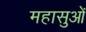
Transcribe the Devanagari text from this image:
महासुओं